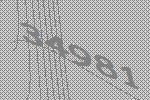
34981